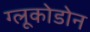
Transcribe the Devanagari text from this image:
ग्लूकोडोन